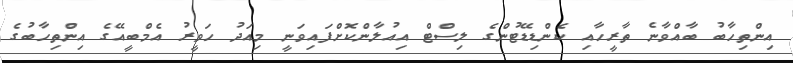
އިންތިހާބު ބާއްވާނެ ތާރީހާއި ކެންޑިޑޭޓުންގެ ލިސްޓް އިއުލާންކޮށްފައިވަނީ މިއަދު ހަވީރު އެމްބީއޭގެ އިންތިހާބުގެ